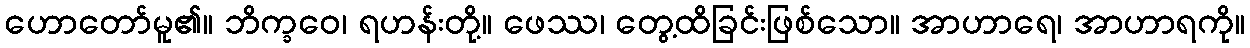
ဟောတော်မူ၏။ ဘိက္ခဝေ၊ ရဟန်းတို့။ ဖေဿ၊ တွေ့ထိခြင်းဖြစ်သော။ အာဟာရေ၊ အာဟာရကို။